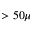
> 5 0 \mu